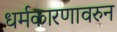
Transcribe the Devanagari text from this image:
धर्मकारणावरुन